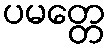
ပမတ္တေ